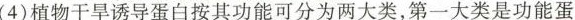
(4)植物干旱诱导蛋白按其功能可分为两大类，第一大类是功能蛋